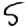
Digit: 5